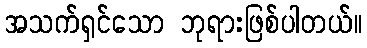
အသက်ရှင်သော ဘုရားဖြစ်ပါတယ်။